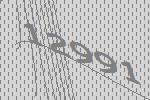
12991